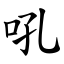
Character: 吼